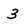
Character: 3